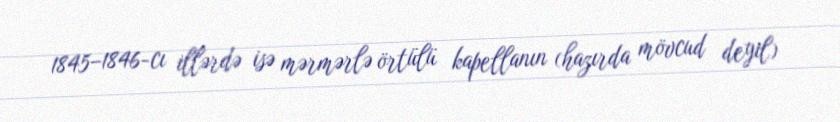
1845–1846-cı illərdə isə mərmərlə örtülü kapellanın (hazırda mövcud deyil)